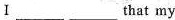
Ⅰ___ ___that my